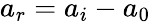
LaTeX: a_{r}=a_{i}-a_{0}